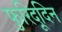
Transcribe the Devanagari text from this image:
फुरिदूदिन